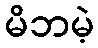
မိဘမဲ့